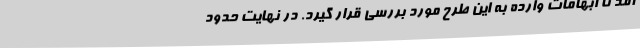
آمد تا ابهامات وارده به این طرح مورد بررسی قرار گیرد. در نهایت حدود